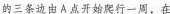
的三条边由 A 点开始爬行一周，在